Vital statistics of India. Vol. V, Reports of 1876 on armies & jails and on epidemic cholera
Year: 1876
Disease focus: Cholera
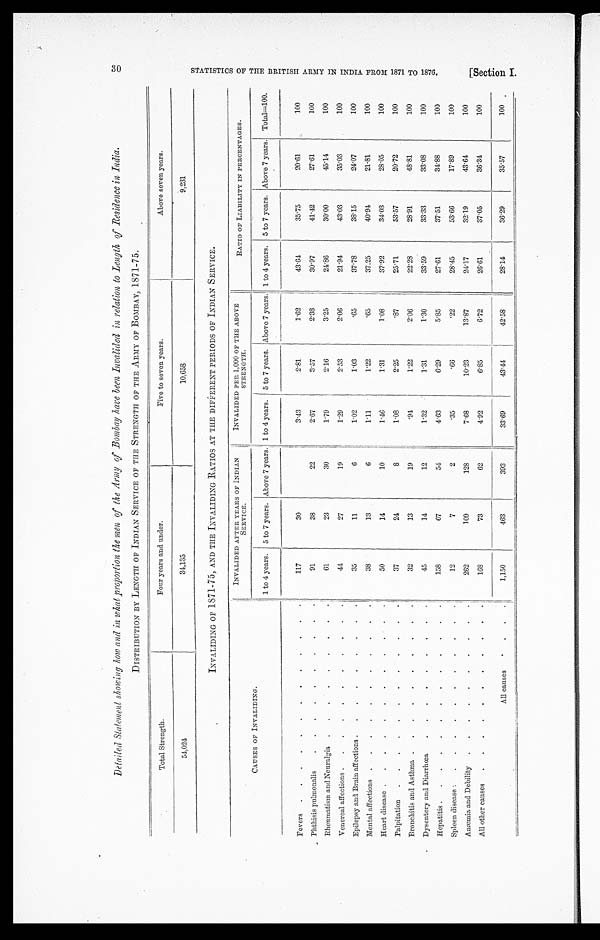
Detailed Statement showing how and in what proportion the men o f the Army of Bombay have been Invalided in relation to Length of Residence in India.
DISTRIBUTION BY LENGTH OF INDIAN SERVICE OF THE STRENGTH OF THE ARMY OF BOMBAY, 1871-75.
Total Strength.
Four years and under.
Five to seven years.
Above seven years.
54,024
34,135
10,658
9,231
INVALIDING OF 1871-75, AND THE INVALIDING RATIOS AT THE DIFFERENT PERIODS OF INDIAN SERVICE.
CAUSES OF INVALIDING.
INVALIDED AFTER YEARS OF INDIAN
SERVICE.
INVALIDED PER 1,000 OF THE ABOVE
STRENGTH.
RATIO OF LIABILITY IN PERCENTAGES.
1 to 4 years.
5 to 7 years. Above 7 years. 1 to 4 years. 5 to 7 years. Above 7 years. 1 to 4 years. 5 to 7 years. Above 7 years. Total=100.
Fevers . . .
117
30
3.43
2.81
1.62
43.64
35.75
20.61
100
Phthisis pulmonalis . . .
91
38
22
2.67
3.57
2.38
30.97
41.42
27.61
100
Rheumatism and Neuralgia . . .
61
23
30
1.79
2.16
3.25
24.86
30.00
45.14
100
Venereal affections . . .
44
27
19
1.29
2.53
2.06
21.94
43.03
35.03
100
Epilepsy and Brain affections . . .
35
11
6
1.02
1.03
.65
37.78
38.15
24.07
100
Mental affections . . .
38
13
6
1.11
1.22
.65
37.25
40.94
21.81
100
Heart disease . . .
50
14
10
1.46
1.31
1.08
37.92
34.03
28.05
100
Palpitation . . .
37
24
8
1.08
2.25
.87
25.71
53.57
20.72
100
Bronchitis and Asthma . . .
32
13
19
.94
1.22
2.06
22.28
28.91
48.81
100
Dysentery and Diarrhœa . . .
45
14
12
1.32
1.31
1.30
33.59
33.33
33.08
100
Hepatitis
.
.
.
158
67
54
4.63
6.29
5.85
27.61
37.51
34.88
100
Spleen disease . . .
12
7
2
.35
.66
.22
28.45
53.66
17.89
100
Anæmia and Debility . . .
262
109
128
7.68
10.23
13.87
24.17
32.19
43.64
100
All other causes . . .
168
73
62
4.92
6.85
6.72
26.61
37.05
36.34
100
All causes . . .
1,150
463
393
33.69
43.44
42.58
28.14
36.29
35.57
100
30
S T A T I S T I C S O F T H E B R I T I S H A R M Y I N I N D I A F R O M 1 8 7 1 T O 1 8 7 6 . [ S e c t i o n I .